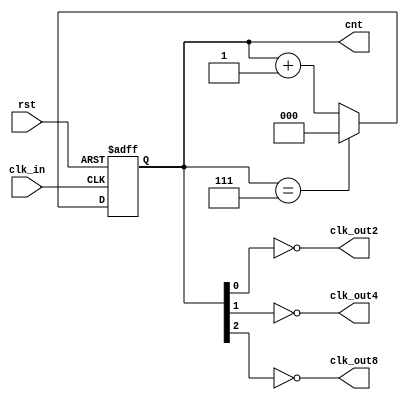
`timescale 1ns/1ns

module even_div
    (
    input     wire rst ,
    input     wire clk_in,
    output    wire clk_out2,
    output    wire clk_out4,
    output    reg[2:0] cnt,
    output    wire clk_out8
    );
//*************code***********//

wire add_cnt;
wire end_cnt;
//reg [2:0] cnt;
                    
always @(posedge clk_in or negedge rst)begin
    if(!rst)begin
        cnt <= 3'b111;
    end
    else if(add_cnt)begin
        if(end_cnt)
            cnt <= 0;
        else
            cnt <= cnt + 1;
    end
end
                    
assign add_cnt = 1;  
assign end_cnt = add_cnt && cnt== 7; 

assign clk_out2 = !cnt[0];
assign clk_out4 = !cnt[1];
assign clk_out8 = !cnt[2];



//*************code***********//
endmodule